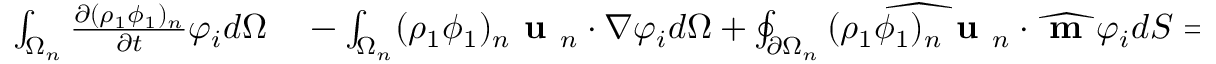
\begin{array} { r l } { \int _ { \Omega _ { n } } \frac { \partial ( \rho _ { 1 } \phi _ { 1 } ) _ { n } } { \partial t } \varphi _ { i } d \Omega } & { { } - \int _ { \Omega _ { n } } ( \rho _ { 1 } \phi _ { 1 } ) _ { n } \textbf { u } _ { n } \cdot \nabla \varphi _ { i } d \Omega + \oint _ { \partial \Omega _ { n } } \widehat { ( \rho _ { 1 } \phi _ { 1 } ) _ { n } \textbf { u } _ { n } } \cdot \widehat { \textbf { m } } \varphi _ { i } d S = } \end{array}